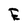
Character: E